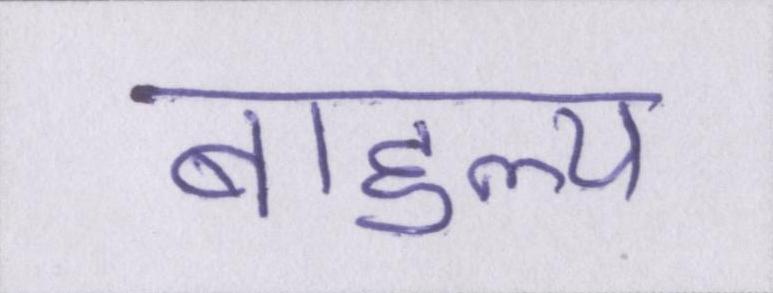
बाहुल्य